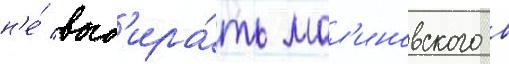
н'е́ выб'ира́ть мал'иновского в